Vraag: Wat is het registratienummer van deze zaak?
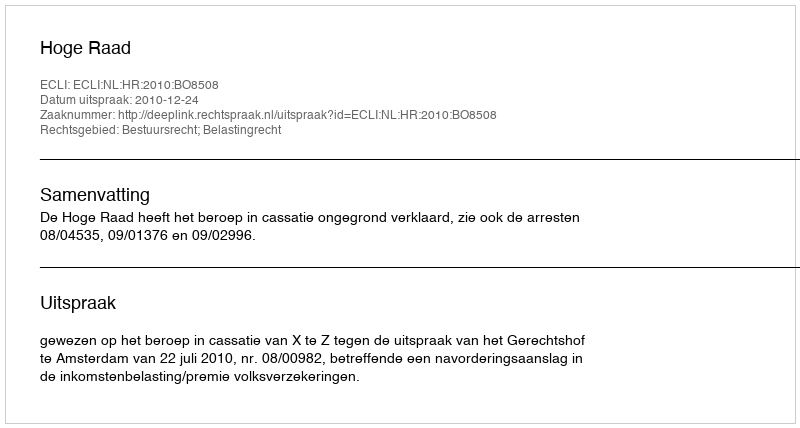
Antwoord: http://deeplink.rechtspraak.nl/uitspraak?id=ECLI:NL:HR:2010:BO8508